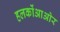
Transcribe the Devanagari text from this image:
हलकोंआओर